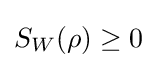
S_{W}(\rho )\geq 0